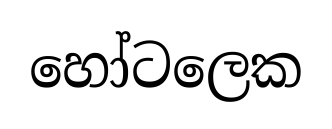
හෝටලෙක